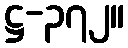
ဋ္ဌ-၃၇၂။